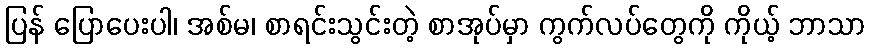
ပြန် ပြောပေးပါ၊ အစ်မ၊ စာရင်းသွင်းတဲ့ စာအုပ်မှာ ကွက်လပ်တွေကို ကိုယ့် ဘာသာ